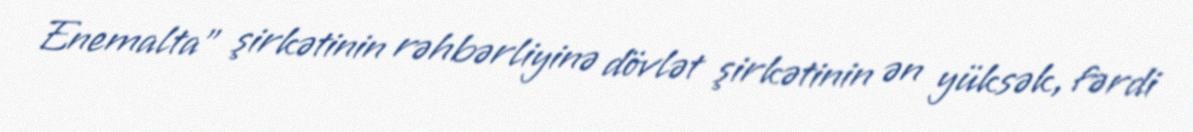
Enemalta" şirkətinin rəhbərliyinə dövlət şirkətinin ən yüksək, fərdi